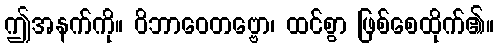
ဤအနက်ကို။ ဝိဘာဝေတဗ္ဗော၊ ထင်စွာ ဖြစ်စေထိုက်၏။